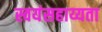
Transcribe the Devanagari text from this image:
स्वयंसहाय्यता